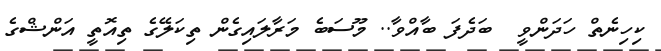
ކިހިނެތް ހަދަންވީ  ބަދެފަ ބާއްވާ.. މޫސަބެ މަރާލައިގެން ތިކަލޭގެ ތިއޮތީ އަންޝްގެ